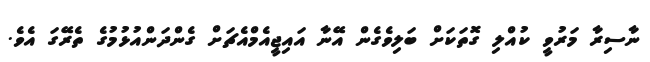
ނާސިރާ މަރުވީ ކުއްލި ގޮތަކަށް ބަލިވެގެން އޭނާ އައިޖީއެމްއެޗަށް ގެންދަންއުޅުމުުގެ ތެރޭގަ އެވެ.